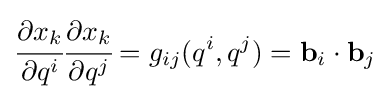
{\cfrac {\partial x_{k}}{\partial q^{i}}}{\cfrac {\partial x_{k}}{\partial q^{j}}}=g_{ij}(q^{i},q^{j})=\mathbf {b} _{i}\cdot \mathbf {b} _{j}